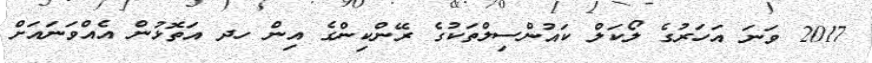
2017 ވަނަ އަހަރުގެ ލޯކަލް ކައުންސިލްތަކުގެ ރޭންކިންގެ އިން ހދ އަތޮޅުން އެއްވަނައަށް